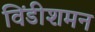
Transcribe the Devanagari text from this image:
विंडीशमन